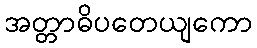
အတ္တာဓိပတေယျကော